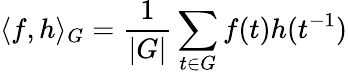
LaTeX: \langle f,h\rangle_{G}={\frac{1}{|G|}}\sum_{t\in G}f(t)h(t^{-1})